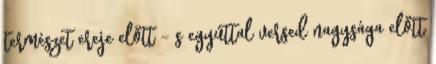
természet ereje előtt - s egyúttal versed nagysága előtt